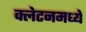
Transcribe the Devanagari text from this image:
क्लेटनमध्ये